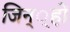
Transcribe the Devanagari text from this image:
जिन््हों